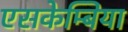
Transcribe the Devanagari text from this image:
एसकेम्बिया